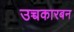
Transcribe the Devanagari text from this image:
उच्चकारबन